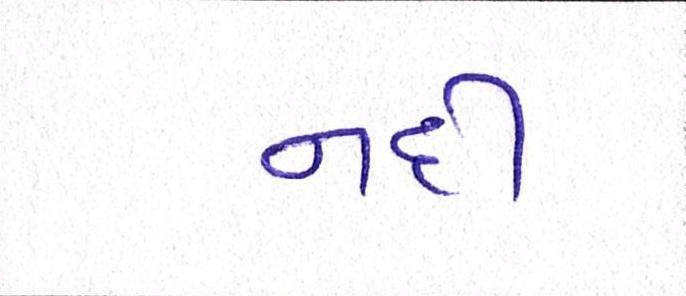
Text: નદી